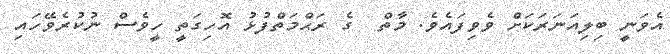
އެވަނީ ބިލިއަނަރަކަށް ވެވިފައެވެ. މާތް  ގެ ރަޙްމަތްފުޅު އޮހިގަތީ ހީވެސް ނުކުރެވޭހައި